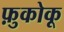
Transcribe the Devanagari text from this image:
फ़ुकोकू